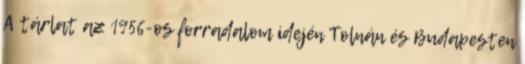
A tárlat az 1956-os forradalom idején Tolnán és Budapesten